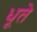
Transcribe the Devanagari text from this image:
धूते